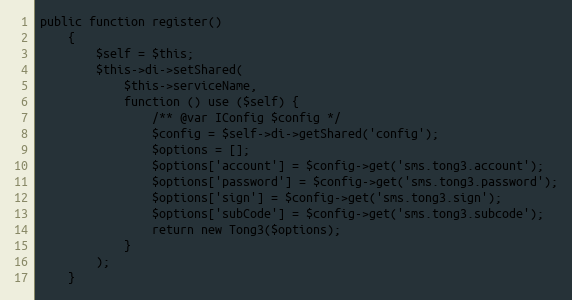
Language: PHP
public function register()
    {
        $self = $this;
        $this->di->setShared(
            $this->serviceName,
            function () use ($self) {
                /** @var IConfig $config */
                $config = $self->di->getShared('config');
                $options = [];
                $options['account'] = $config->get('sms.tong3.account');
                $options['password'] = $config->get('sms.tong3.password');
                $options['sign'] = $config->get('sms.tong3.sign');
                $options['subCode'] = $config->get('sms.tong3.subcode');
                return new Tong3($options);
            }
        );
    }